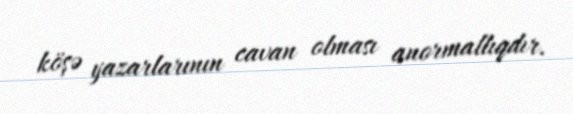
köşə yazarlarının cavan olması anormallıqdır.